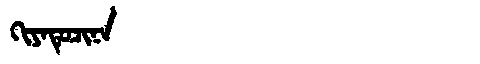
Manchu: ᡴᡳᠶᠠᡨᡠᠴᡳᠨᠠ
Romanization: KIYATUCINA